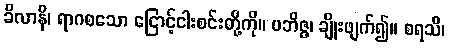
ခိလာနိ၊ ရာဂစသော ငြောင့်ငါးစင်းတို့ကို။ ပဘိဇ္ဇ၊ ချိုးဖျက်၍။ စရသိ၊